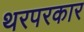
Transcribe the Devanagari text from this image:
थरपरकार